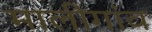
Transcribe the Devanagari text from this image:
मालीगांव